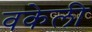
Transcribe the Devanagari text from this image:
वकेली